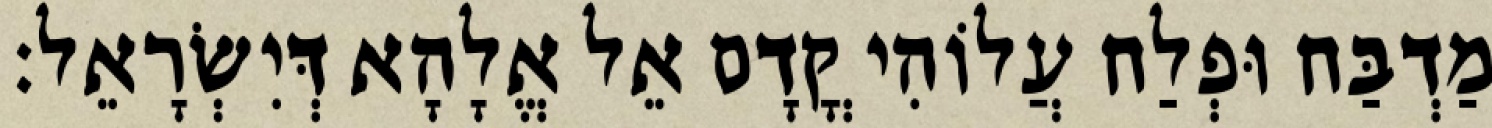
מַדְבַּח וּפְלַח עֲלוֹהִי קֳדָם אֵל אֱלָהָא דְּיִשְׂרָאֵל׃